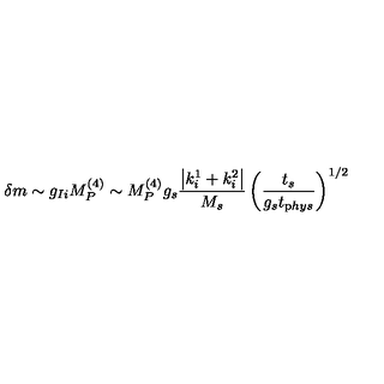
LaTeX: \delta m \sim g _ { I i } M _ { P } ^ { ( 4 ) } \sim M _ { P } ^ { ( 4 ) } g _ { s } \frac { \left| k _ { i } ^ { 1 } + k _ { i } ^ { 2 } \right| } { M _ { s } } \left( \frac { t _ { s } } { g _ { s } t _ { \mathrm p h y s } } \right) ^ { 1 / 2 }